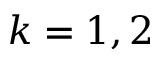
k = 1 , 2